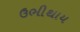
ઉભીથાય